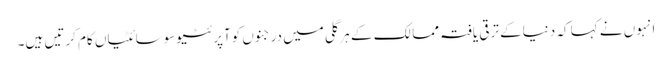
انہوں نے کہا کہ دنیاکے ترقی یافتہ ممالک کے ہرگلی میں درجنوں کوآپرئٹیوسوسائٹیاں کام کرتیں ہیں۔